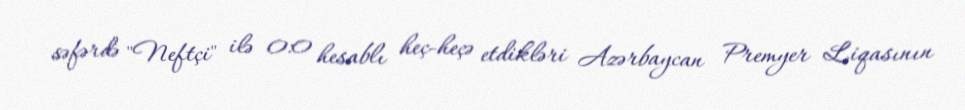
səfərdə "Neftçi" ilə 0:0 hesablı heç-heçə etdikləri Azərbaycan Premyer Liqasının